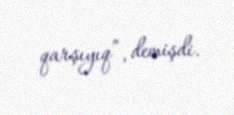
qarşıyıq”, demişdi.